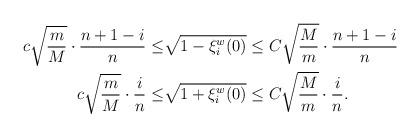
LaTeX: \begin{align*} c \sqrt{\frac{m}{M}}\cdot\frac{n+1-i}{n}\leq &\sqrt{1-\xi_i^w(0)}\leq C\sqrt{\frac{M}{m}}\cdot\frac{n+1-i}{n}\;\quad\\ c\sqrt{\frac{m}{M}}\cdot\frac{i}{n}\leq &\sqrt{1+\xi_i^w(0)}\leq C\sqrt{\frac{M}{m}}\cdot\frac{i}{n}.\end{align*}